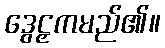
ဒွေဠှကမည်၏။